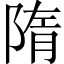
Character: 隋